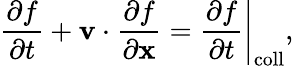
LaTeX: \frac{\partial f}{\partial t}+\mathbf v\cdot\frac{\partial f}{\partial\mathbf x}=\left.\frac{\partial f}{\partial t}\right|_{\mathrm{coll}},